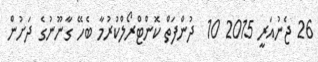
26 ޖެނުއަރީ 2015 10  ދުންފަތް ކޮންޓްރޯލްކުރުމާ ބެހޭ ގާނޫނުގެ ދަށުން